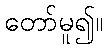
တော်မူ၍။